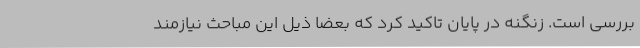
بررسی است. زنگنه در پایان تاکید کرد که بعضا ذیل این مباحث نیازمند